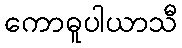
ကောဓူပါယာသီ